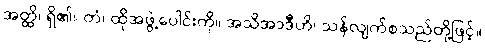
အတ္ထိ၊ ရှိ၏။ တံ၊ ထိုအဖွဲ့ပေါင်းကို။ အသိအာဒီဟိ၊ သန်လျက်စသည်တို့ဖြင့်။